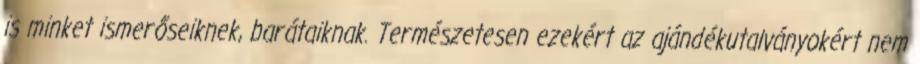
is minket ismerőseiknek, barátaiknak. Természetesen ezekért az ajándékutalványokért nem